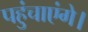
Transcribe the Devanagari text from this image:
पहुंचाएंगे।